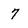
Character: 7